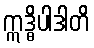
ဣဒ္ဓိပါဒါတိ